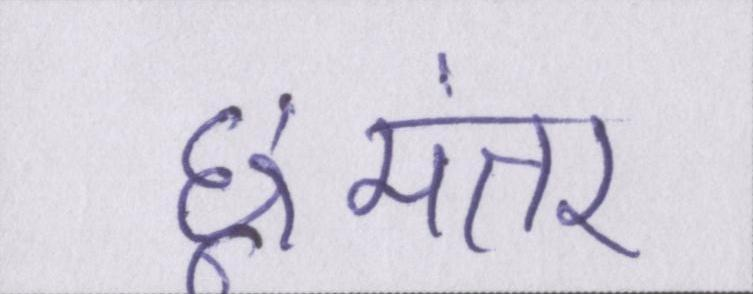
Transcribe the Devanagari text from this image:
छूमंतर